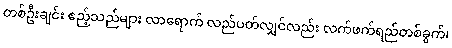
တစ်ဦးချင်း ဧည့်သည်များ လာရောက် လည်ပတ်လျှင်လည်း လက်ဖက်ရည်တစ်ခွက်၊